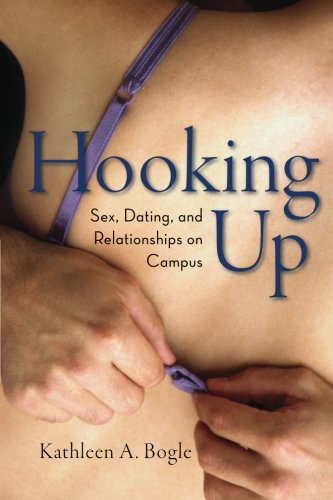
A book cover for Hooking Up: Sex, Dating, and Relationships on Campus; Kathleen A. Bogle; Education & Teaching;